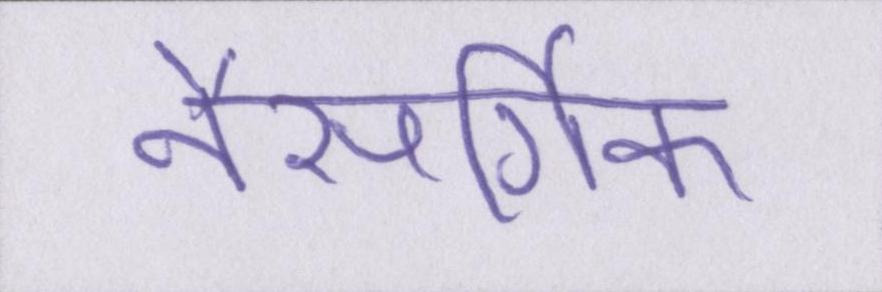
नैसर्गिक